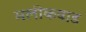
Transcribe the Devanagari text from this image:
मलीकवाड